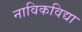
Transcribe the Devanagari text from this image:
नाविकविद्या